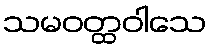
သမဝတ္ထဝါသေ